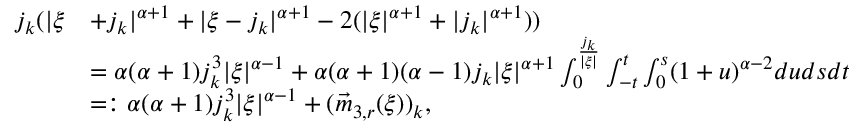
\begin{array} { r l } { j _ { k } ( | \xi } & { + j _ { k } | ^ { \alpha + 1 } + | \xi - j _ { k } | ^ { \alpha + 1 } - 2 ( | \xi | ^ { \alpha + 1 } + | j _ { k } | ^ { \alpha + 1 } ) ) } \\ & { = \alpha ( \alpha + 1 ) j _ { k } ^ { 3 } | \xi | ^ { \alpha - 1 } + \alpha ( \alpha + 1 ) ( \alpha - 1 ) j _ { k } | \xi | ^ { \alpha + 1 } \int _ { 0 } ^ { \frac { j _ { k } } { | \xi | } } \int _ { - t } ^ { t } \int _ { 0 } ^ { s } ( 1 + u ) ^ { \alpha - 2 } d u d s d t } \\ & { = : \alpha ( \alpha + 1 ) j _ { k } ^ { 3 } | \xi | ^ { \alpha - 1 } + ( \vec { m } _ { 3 , r } ( \xi ) ) _ { k } , } \end{array}